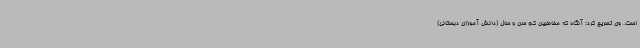
است. وی تصریح کرد: آنگاه که مخاطبین کم سن و سال (دانش آموزان دبستانی)